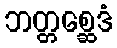
ဘတ္တစ္ဆေဒံ